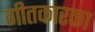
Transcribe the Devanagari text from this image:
गीतकारका